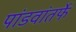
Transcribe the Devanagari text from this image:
पांडवांतर्फे